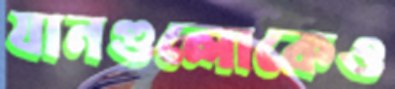
যানগুলোকেও